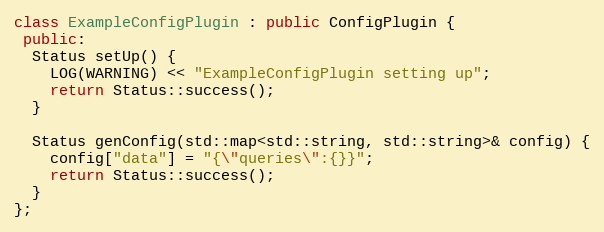
Language: C++
class ExampleConfigPlugin : public ConfigPlugin {
 public:
  Status setUp() {
    LOG(WARNING) << "ExampleConfigPlugin setting up";
    return Status::success();
  }

  Status genConfig(std::map<std::string, std::string>& config) {
    config["data"] = "{\"queries\":{}}";
    return Status::success();
  }
};